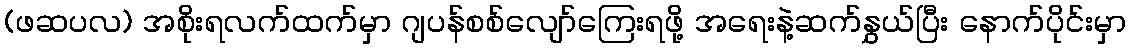
(ဖဆပလ) အစိုးရလက်ထက်မှာ ဂျပန်စစ်လျော်ကြေးရဖို့ အရေးနဲ့ဆက်နွှယ်ပြီး နောက်ပိုင်းမှာ